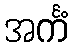
အင်္ကံ